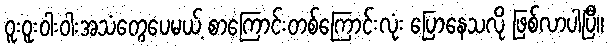
ဝူးဝူးဝါးဝါးအသံတွေပေမယ့် စာကြောင်းတစ်ကြောင်းလုံး ပြောနေသလို ဖြစ်လာပါပြီ။